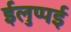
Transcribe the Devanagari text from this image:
ईलुप्पई